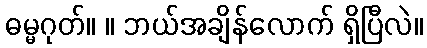
ဓမ္မဂုတ်။ ။ ဘယ်အချိန်လောက် ရှိပြီလဲ။